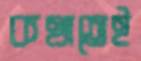
কথাতেই